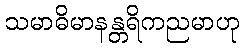
သမာဓိမာနန္တရိကညမာဟု